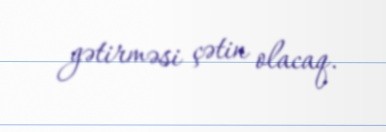
gətirməsi çətin olacaq.